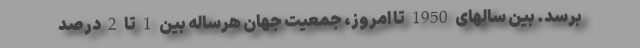
برسد. بین سالهای 1950 تا امروز، جمعیت جهان هرساله بین 1 تا 2 درصد